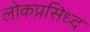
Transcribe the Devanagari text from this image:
लोकप्रसिध्द